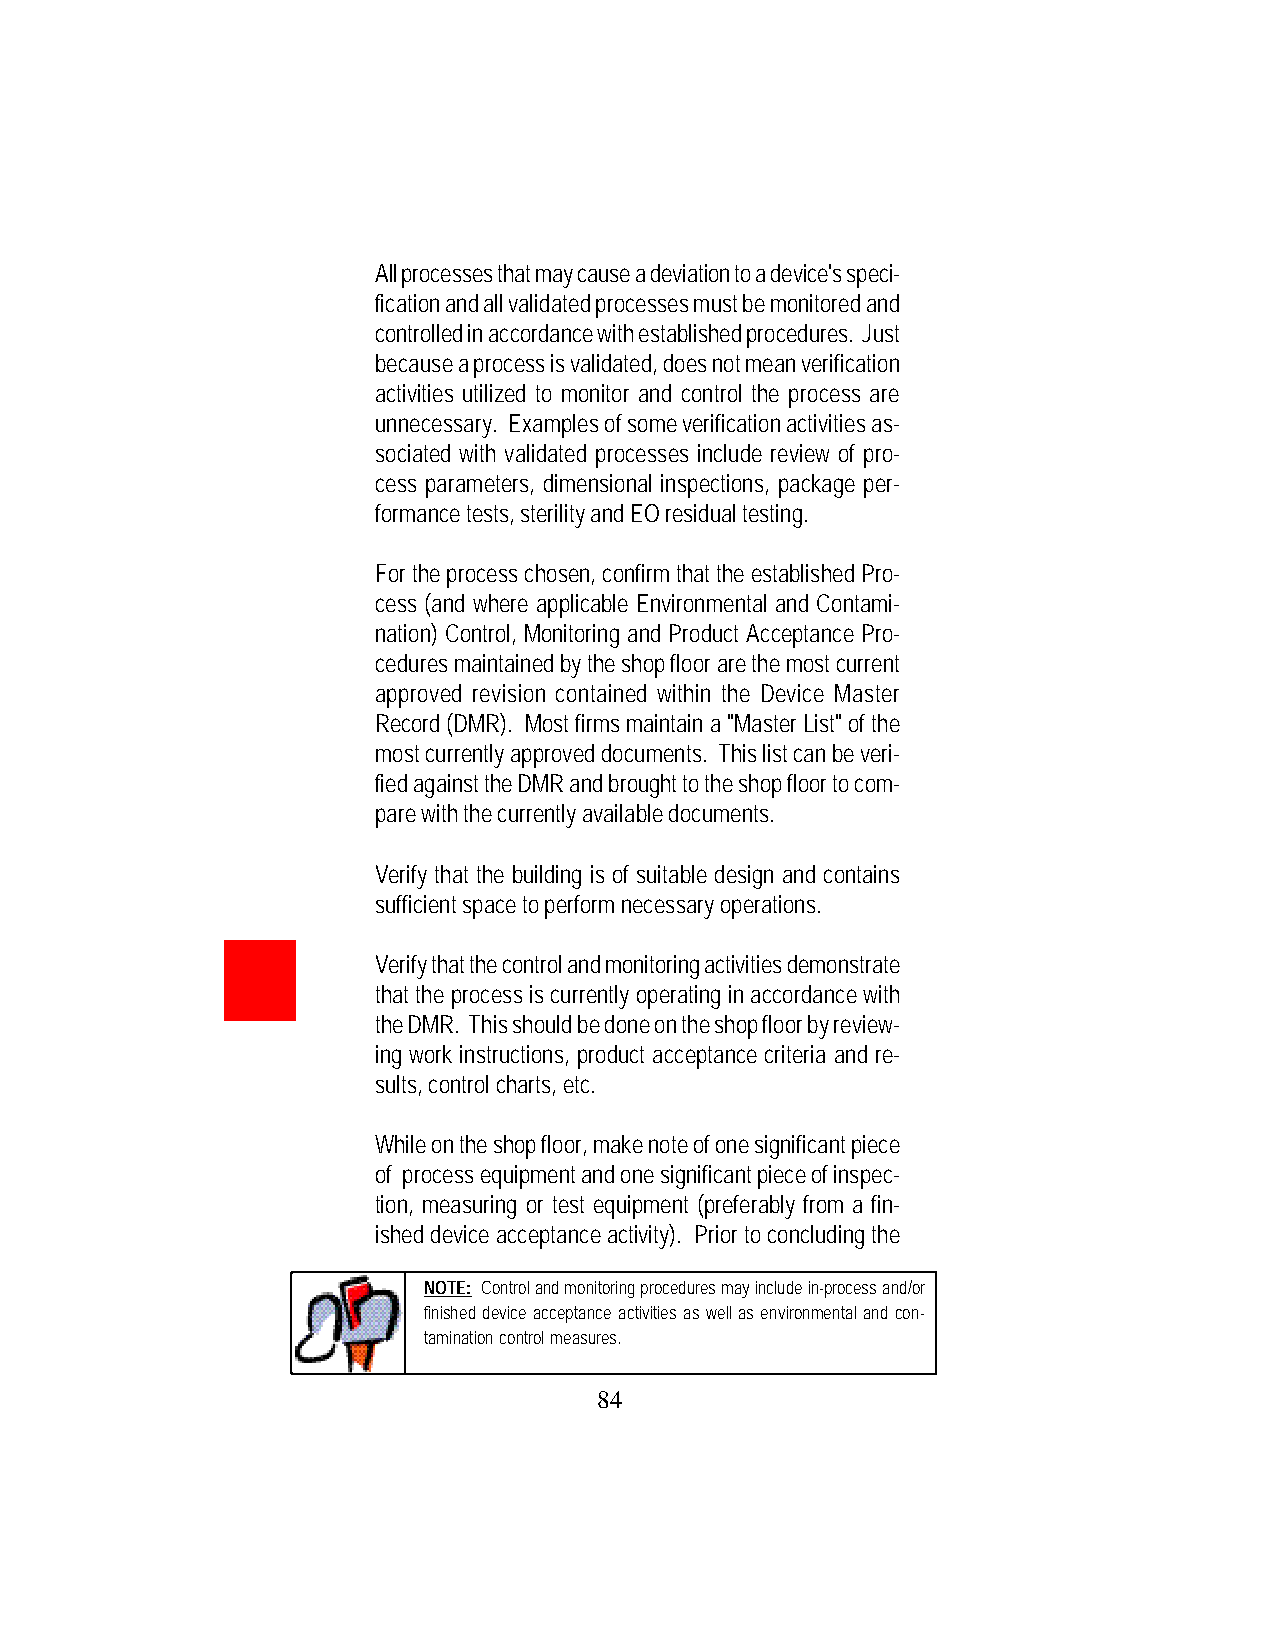
All processes that may cause a deviation to a device's speci-
 fication and all validated processes must be monitored and
 controlled in accordance with established procedures. Just
 because a process is validated, does not mean verification
 activities utilized to monitor and control the process are
 unnecessary. Examples of some verification activities as-
 sociated with validated processes include review of pro-
 cess parameters, dimensional inspections, package per-
 formance tests, sterility and EO residual testing.
 For the process chosen, confirm that the established Pro-
 cess (and where applicable Environmental and Contami-
 nation) Control, Monitoring and Product Acceptance Pro-
 cedures maintained by the shop floor are the most current
 approved revision contained within the Device Master
 Record (DMR). Most firms maintain a "Master List" of the
 most currently approved documents. This list can be veri-
 fied against the DMR and brought to the shop floor to com-
 pare with the currently available documents.
 Verify that the building is of suitable design and contains
 sufficient space to perform necessary operations.
 Verify that the control and monitoring activities demonstrate
 that the process is currently operating in accordance with
 the DMR. This should be done on the shop floor by review-
 ing work instructions, product acceptance criteria and re-
 sults, control charts, etc.
 While on the shop floor, make note of one significant piece
 of process equipment and one significant piece of inspec-
 tion, measuring or test equipment (preferably from a fin-
 ished device acceptance activity). Prior to concluding the
 NOTE: Control and monitoring procedures may include in-process and/or
 finished device acceptance activities as well as environmental and con-
 tamination control measures.
 84